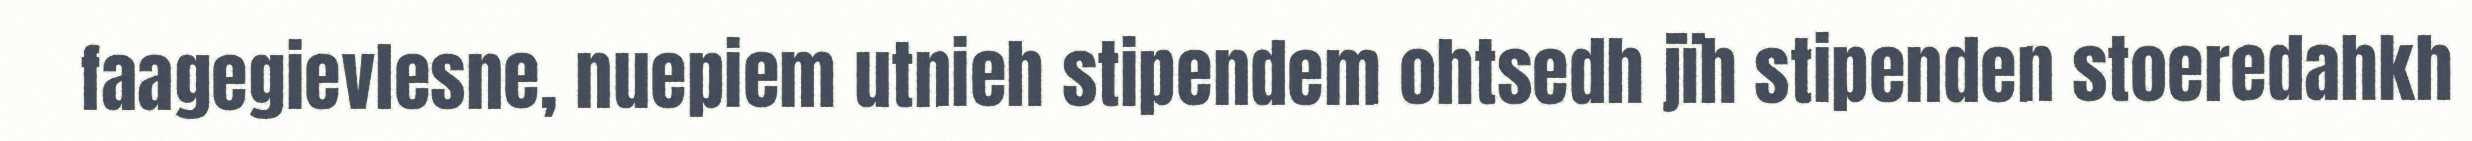
faagegievlesne, nuepiem utnieh stipendem ohtsedh jïh stipenden stoeredahkh